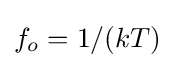
f_{o}=1/(kT)